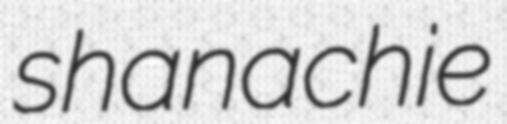
shanachie